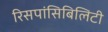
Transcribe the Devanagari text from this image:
रिसपांसिबिलिटी